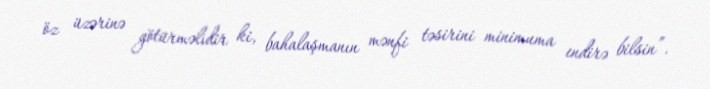
öz üzərinə götürməlidir ki, bahalaşmanın mənfi təsirini minimuma endirə bilsin”.